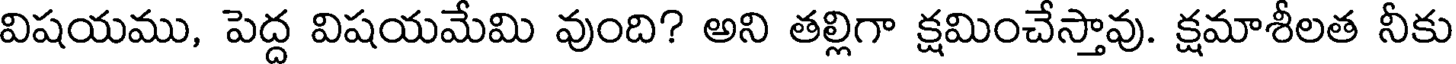
విషయము, పెద్ద విషయమేమి వుంది? అని తల్లిగా క్షమించేస్తావు. క్షమాశీలత నీకు